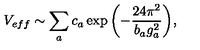
V _ { e f f } \sim \sum _ { a } c _ { a } \exp { \left( - \frac { 2 4 \pi ^ { 2 } } { b _ { a } g _ { a } ^ { 2 } } \right) } ,